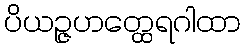
ပိယဉ္ဇဟတ္ထေရဂါထာ